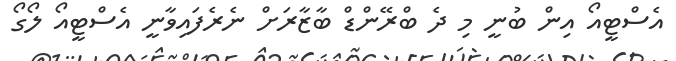
އެސްޓީއޯ އިން ބުނީ މި ދެ ބްރޭންޑް ބާޒާރަށް ނެރެފައިވާނީ އެސްޓީއޯ ލޯގޯ